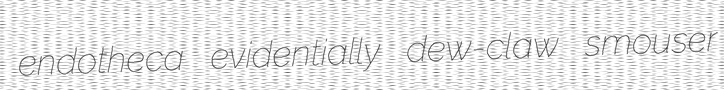
endotheca evidentially dew-claw smouser